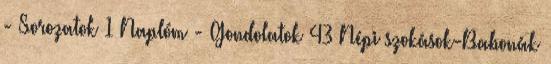
- Sorozatok 1 Naplóm - Gondolatok 43 Népi szokások-Babonák